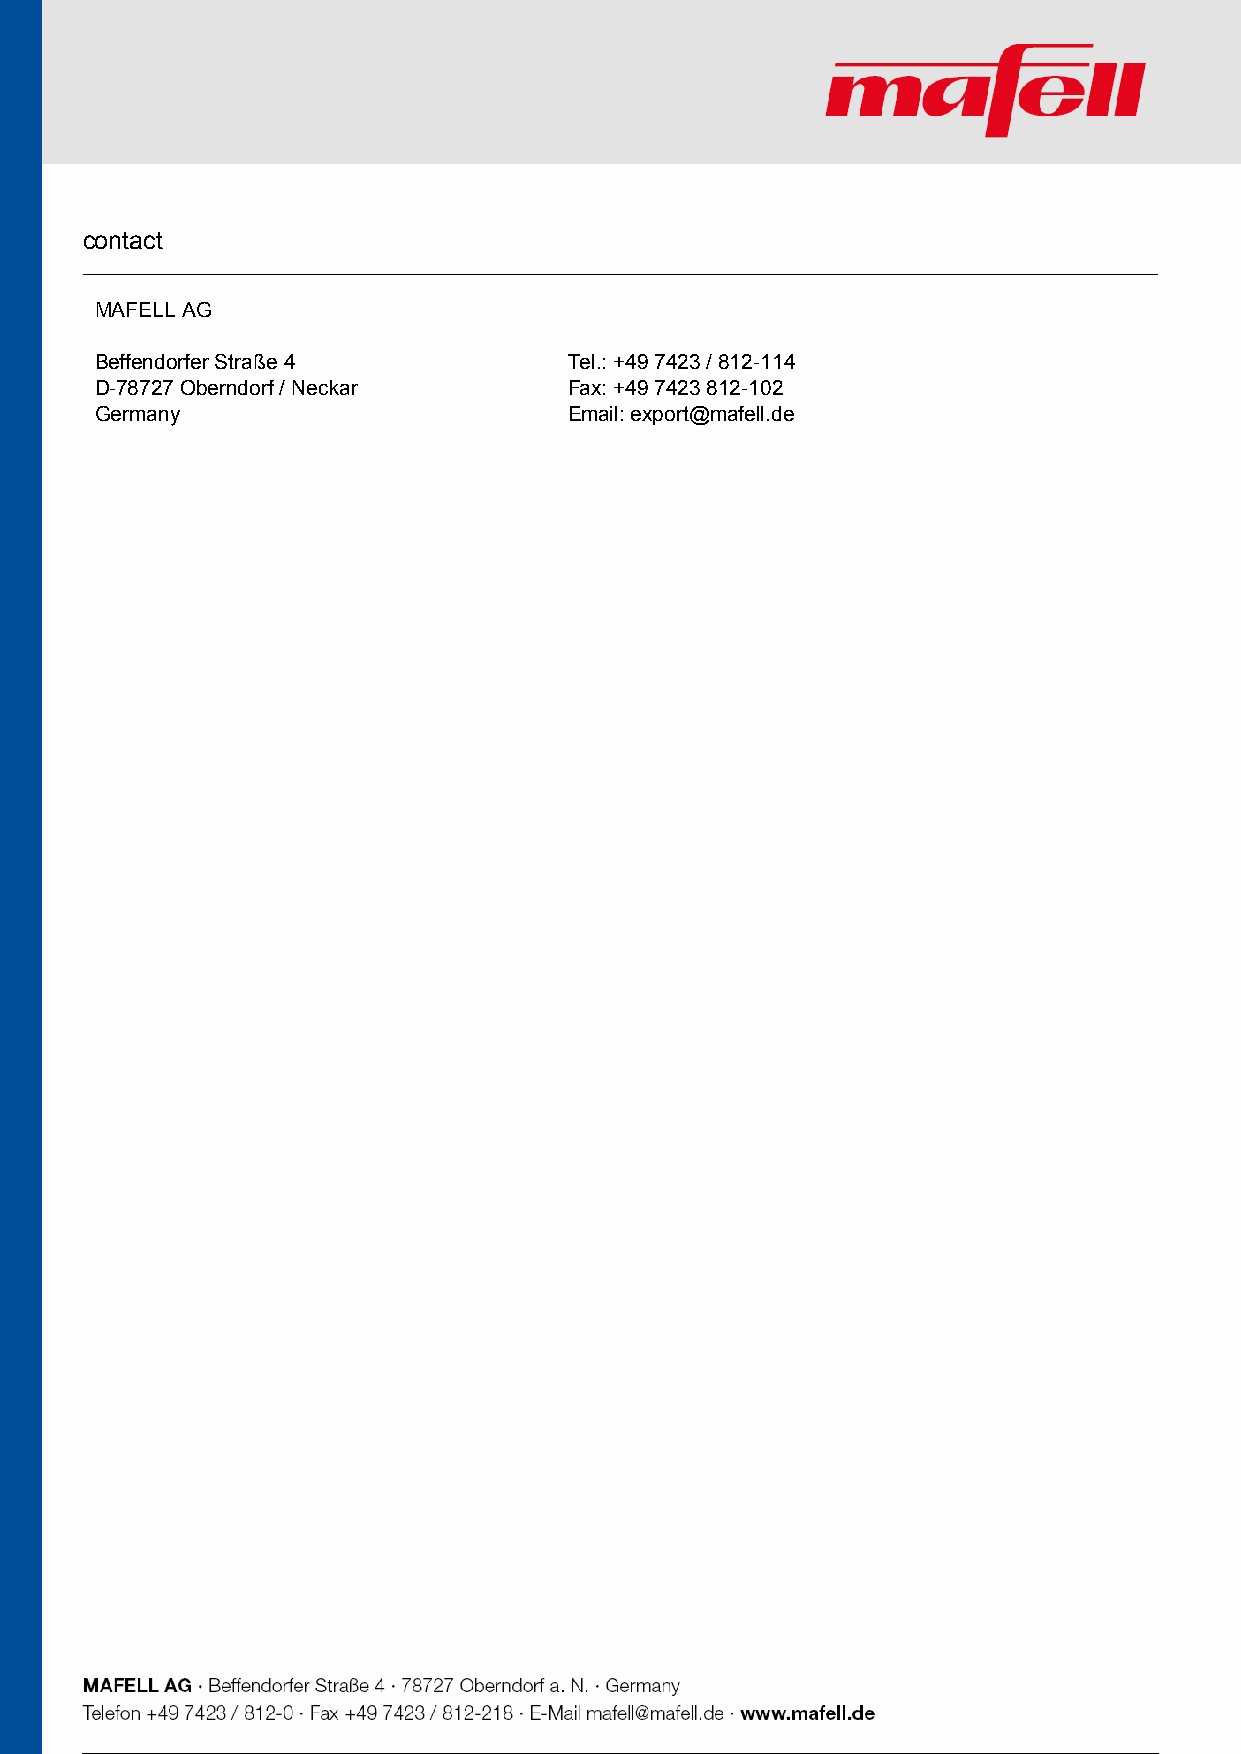
contact
 MAFELL AG
 Beffendorfer Straße 4           Tel.: +49 7423 / 812-114
 D-78727 Oberndorf / Neckar      Fax: +49 7423 812-102
 Germany                         Email: export@mafell.de
 5 / 5